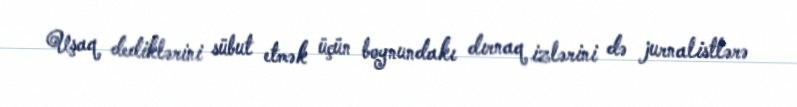
Uşaq dediklərini sübut etmək üçün boynundakı dırnaq izlərini də jurnalistlərə